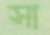
সা